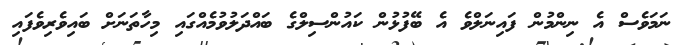
ނަމަވެސް އެ ނިންމުން ފައިނަލްވެ އެ ބޭފުޅުން ކައުންސިލްގެ ބައްދަލުވުމެއްގައި މިހާތަނަށް ބައިވެރިވެފައި